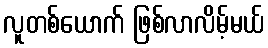
လူတစ်ယောက် ဖြစ်လာလိမ့်မယ်